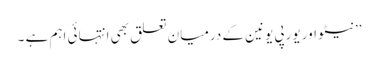
’’نیٹو اور یورپی یونین کے درمیان تعلق بھی انتہائی اہم ہے ۔